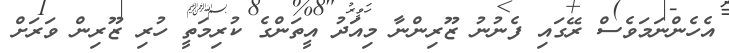
އެހެންނަމަވެސް ރޭގައި ފެނުނު ޒޫރިންނާ މިއަދު އީތަންގެ ކުރިމަތީ ހުރި ޒޫރިން ވަރަށް